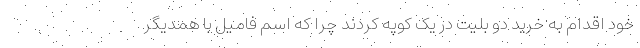
خود اقدام به خرید دو بلیت در یک کوپه کردند چرا که اسم فامیل با همدیگر